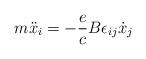
LaTeX: \begin{align*}m\ddot{x}_i = -\frac{e}{c} B \epsilon_{ij}\dot{x}_j\end{align*}